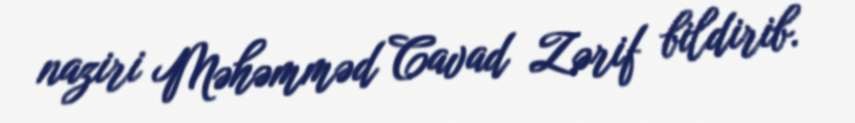
naziri Məhəmməd Cavad Zərif bildirib.